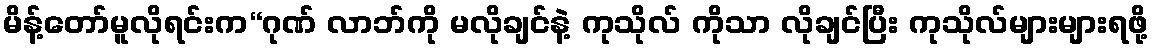
မိန့်တော်မူလိုရင်းက“ဂုဏ် လာဘ်ကို မလိုချင်နဲ့ ကုသိုလ် ကိုသာ လိုချင်ပြီး ကုသိုလ်များများရဖို့